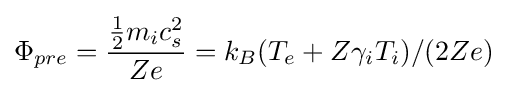
\Phi _{pre}={\frac {{\frac {1}{2}}m_{i}c_{s}^{2}}{Ze}}=k_{B}(T_{e}+Z\gamma _{i}T_{i})/(2Ze)